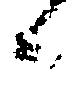
候